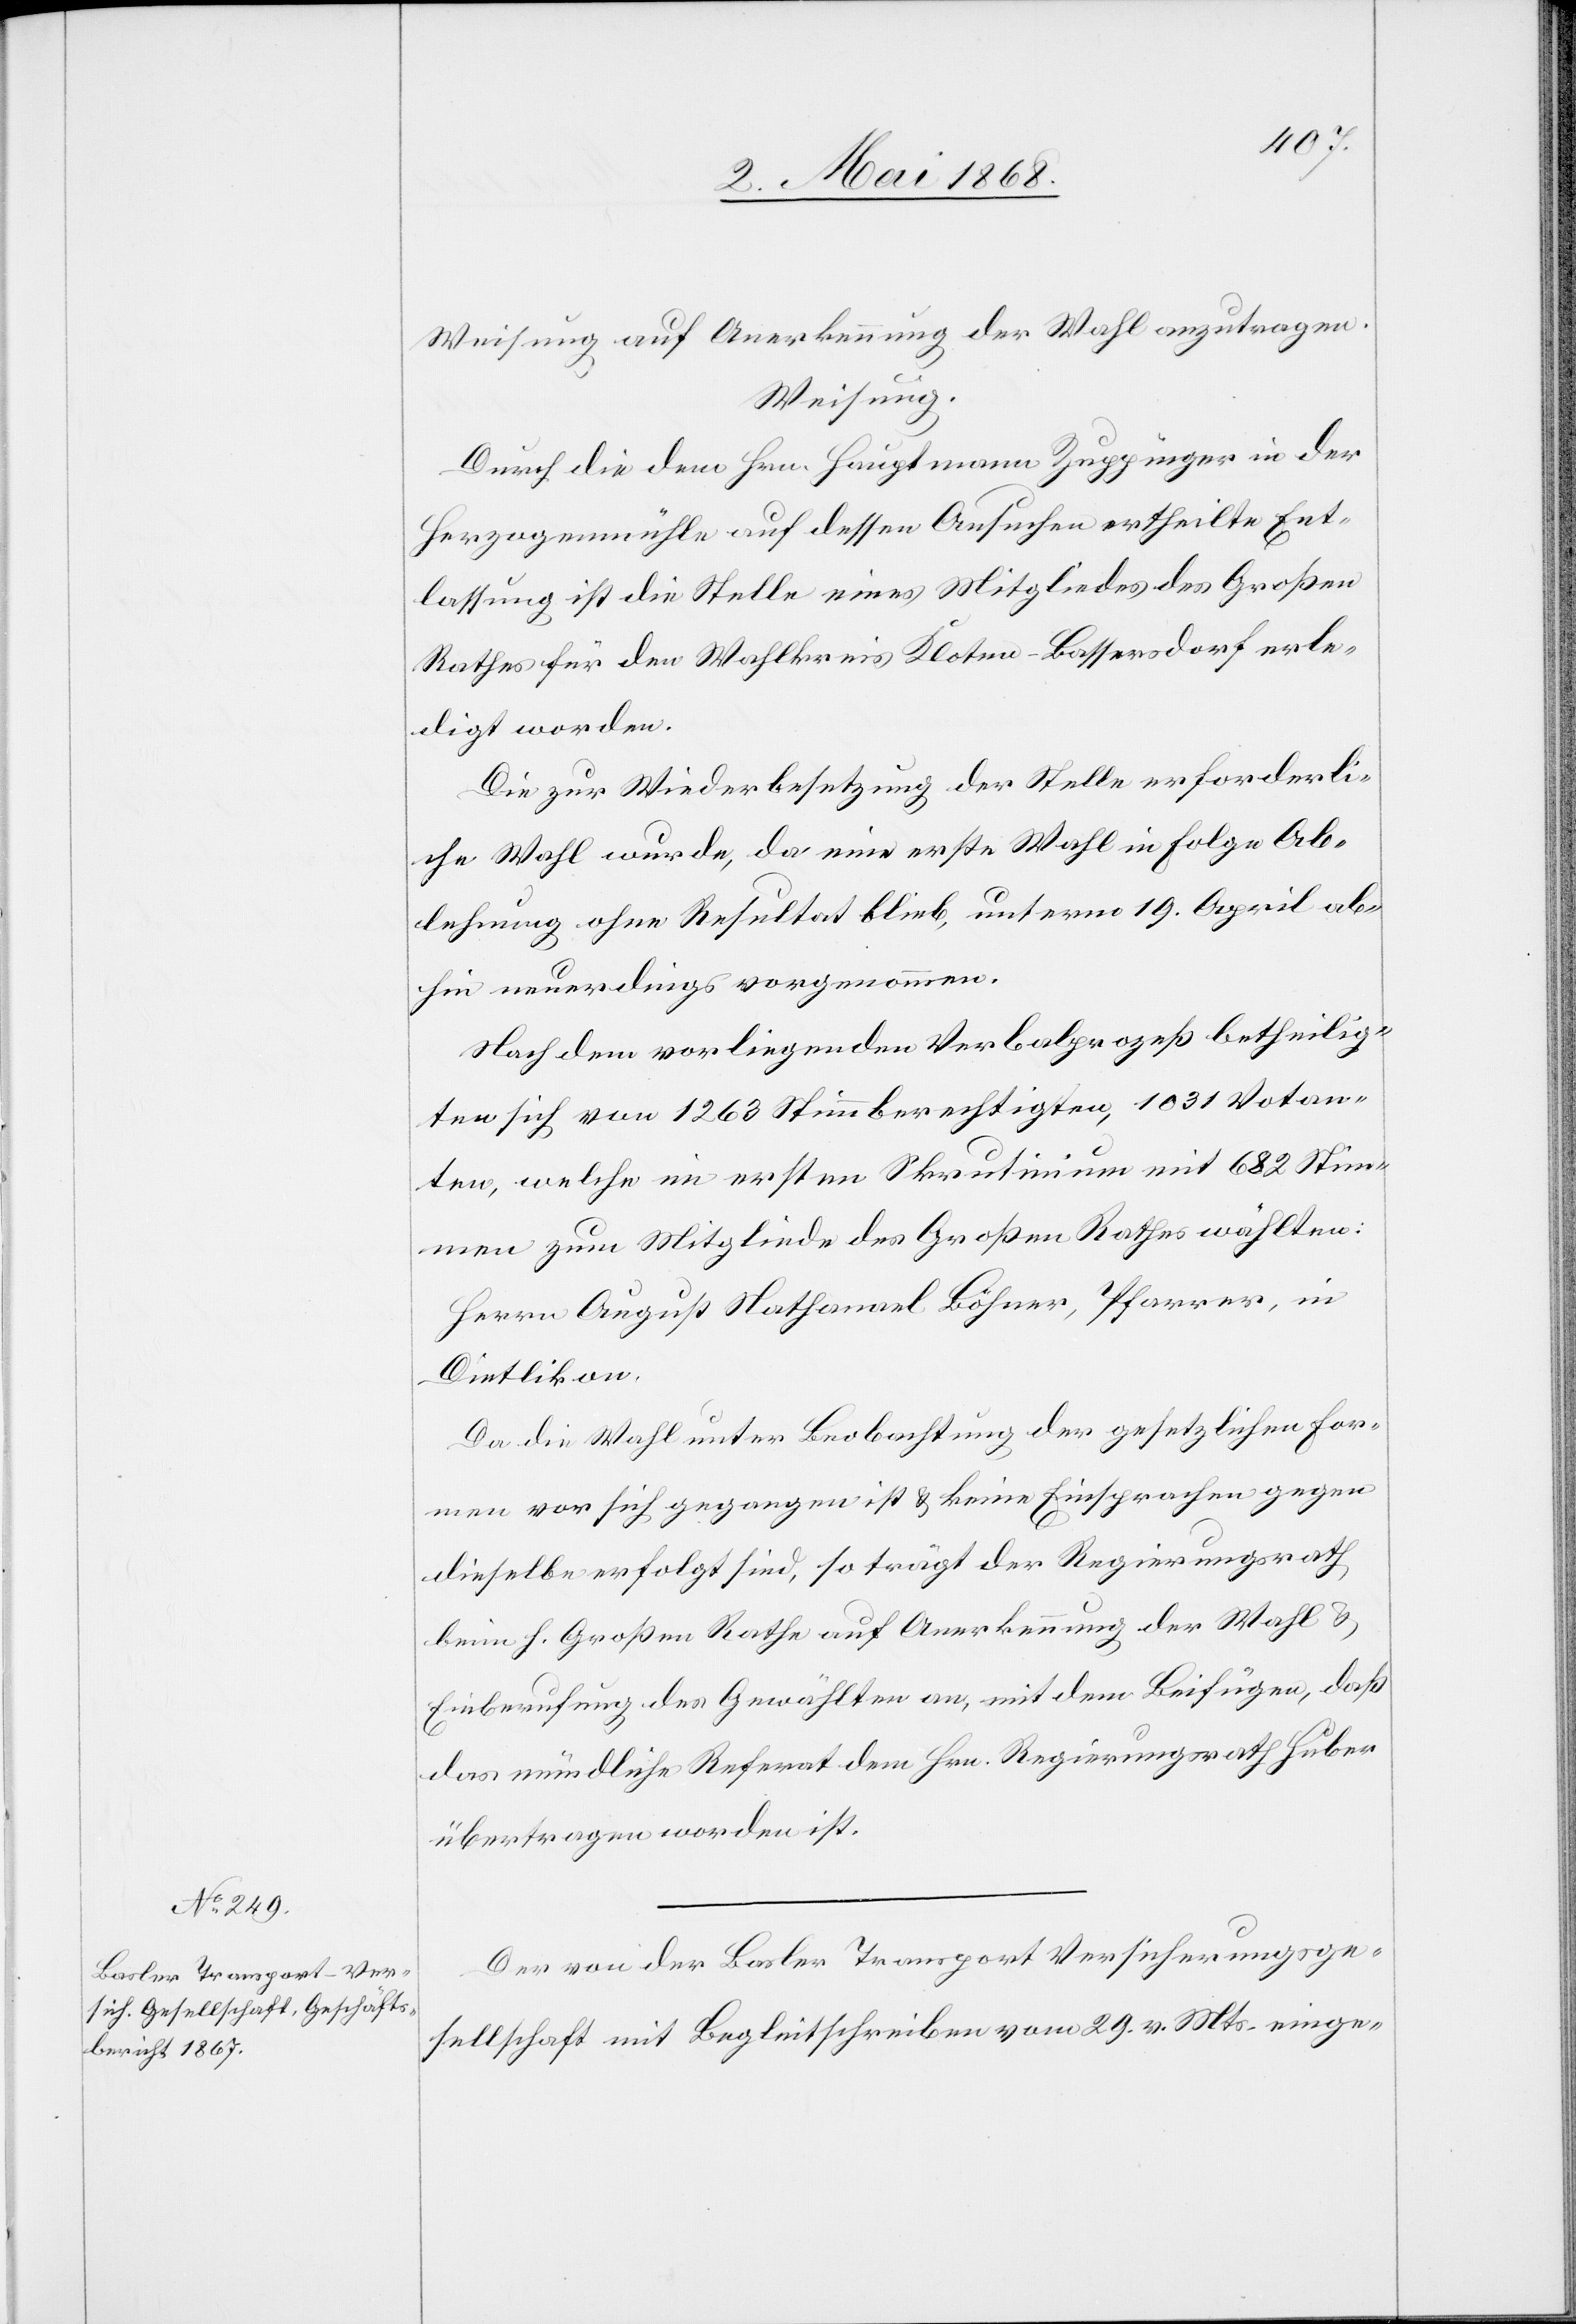
Weisung auf Anerkennung der Wahl anzutragen.
Weisung.
Durch die dem Hrn. Hauptmann Zuppinger in der
Herzogenmühle auf dessen Ansuchen ertheilte Ent¬
lassung ist die Stelle eines Mitgliedes des Großen
Rathes für den Wahlkreis Kloten-Bassersdorf erle¬
digt worden.
Die zur Wiederbesetzung der Stelle erforderli¬
che Wahl wurde, da eine erste Wahl in Folge Ab¬
lehnung ohne Resultat blieb, unterm 19. April ab¬
hin neuerdings vorgenommen.
Nach dem vorliegenden Verbalprozeß betheilig¬
ten sich von 1263 Stimmberechtigten, 1031 Votan¬
ten, welche im ersten Skrutinium mit 682 Stim¬
men zum Mitgliede des Großen Rathes wählten:
Herrn August Nathanael Böhner, Pfarrer, in
Dietlikon.
Da die Wahl unter Beobachtung der gesetzlichen For¬
men vor sich gegangen ist & keine Einsprachen gegen
dieselbe erfolgt sind, so trägt der Regierungsrath
beim h. Großen Rathe auf Anerkennung der Wahl &
Einberufung des Gewählten an, mit dem Beifügen, daß
das mündliche Referat dem Hrn. Regierungsrath Huber
übertragen worden ist.
Der von der Basler Transport Versicherungsge¬
sellschaft mit Begleitschreiben vom 29. v. Mts. einge-